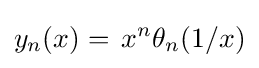
y_{n}(x)=\,x^{n}\theta _{n}(1/x)